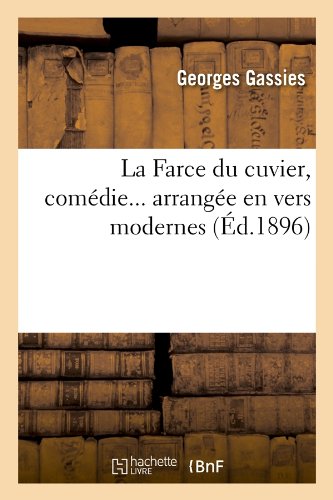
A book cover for La Farce Du Cuvier, Comedie... Arrangee En Vers Modernes, (Ed.1896) (Arts) (French Edition); Georges Gassies; Literature & Fiction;